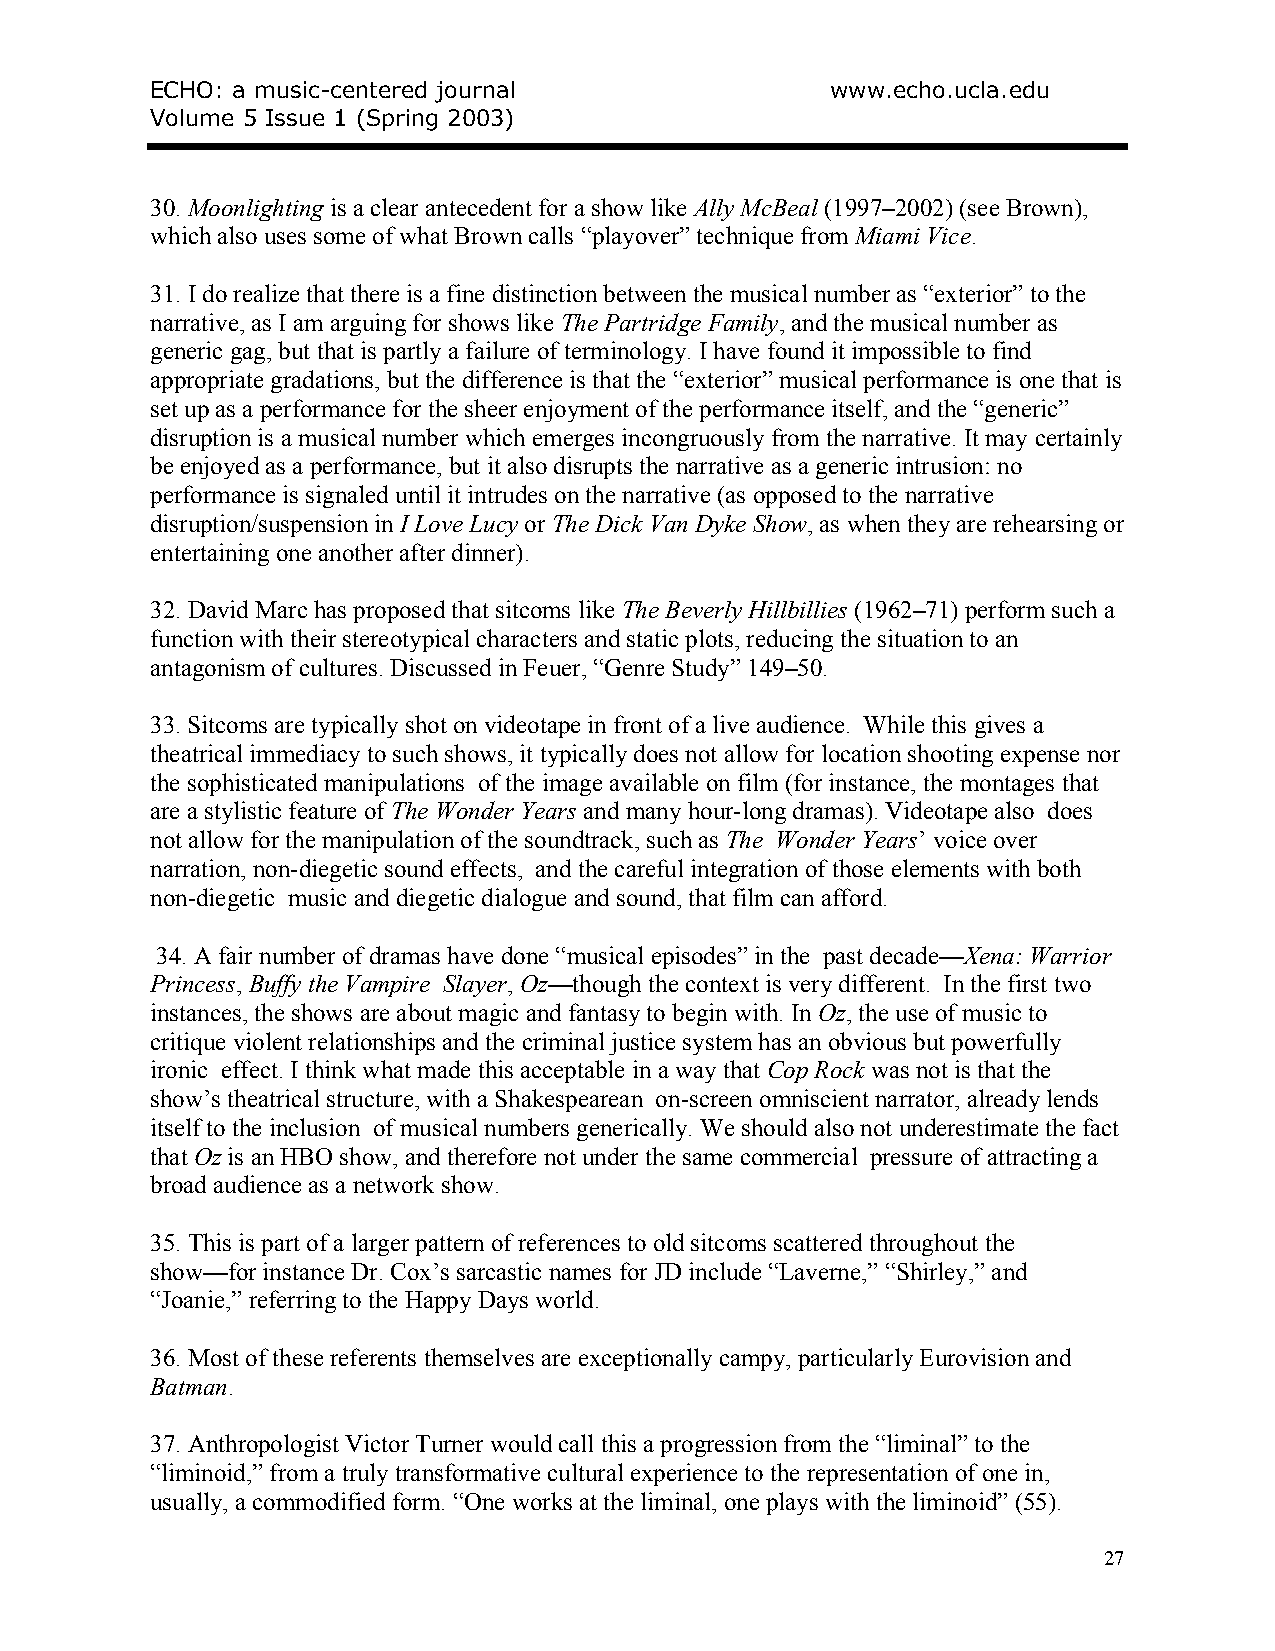
ECHO: a music-centered journal               www.echo.ucla.edu
 Volume 5 Issue 1 (Spring 2003)
 30. Moonlighting is a clear antecedent for a show like Ally McBeal (1997–2002) (see Brown),
 which also uses some of what Brown calls “playover” technique from Miami Vice.
 31. I do realize that there is a fine distinction between the musical number as “exterior” to the
 narrative, as I am arguing for shows like The Partridge Family, and the musical number as
 generic gag, but that is partly a failure of terminology. I have found it impossible to find
 appropriate gradations, but the difference is that the “exterior” musical performance is one that is
 set up as a performance for the sheer enjoyment of the performance itself, and the “generic”
 disruption is a musical number which emerges incongruously from the narrative. It may certainly
 be enjoyed as a performance, but it also disrupts the narrative as a generic intrusion: no
 performance is signaled until it intrudes on the narrative (as opposed to the narrative
 disruption/suspension in I Love Lucy or The Dick Van Dyke Show, as when they are rehearsing or
 entertaining one another after dinner).
 32. David Marc has proposed that sitcoms like The Beverly Hillbillies (1962–71) perform such a
 function with their stereotypical characters and static plots, reducing the situation to an
 antagonism of cultures. Discussed in Feuer, “Genre Study” 149–50.
 33. Sitcoms are typically shot on videotape in front of a live audience. While this gives a
 theatrical immediacy to such shows, it typically does not allow for location shooting expense nor
 the sophisticated manipulations of the image available on film (for instance, the montages that
 are a stylistic feature of The Wonder Years and many hour-long dramas). Videotape also does
 not allow for the manipulation of the soundtrack, such as The Wonder Years’ voice over
 narration, non-diegetic sound effects, and the careful integration of those elements with both
 non-diegetic music and diegetic dialogue and sound, that film can afford.
 34. A fair number of dramas have done “musical episodes” in the past decade—Xena: Warrior
 Princess, Buffy the Vampire Slayer, Oz—though the context is very different. In the first two
 instances, the shows are about magic and fantasy to begin with. In Oz, the use of music to
 critique violent relationships and the criminal justice system has an obvious but powerfully
 ironic effect. I think what made this acceptable in a way that Cop Rock was not is that the
 show’s theatrical structure, with a Shakespearean on-screen omniscient narrator, already lends
 itself to the inclusion of musical numbers generically. We should also not underestimate the fact
 that Oz is an HBO show, and therefore not under the same commercial pressure of attracting a
 broad audience as a network show.
 35. This is part of a larger pattern of references to old sitcoms scattered throughout the
 show—for instance Dr. Cox’s sarcastic names for JD include “Laverne,” “Shirley,” and
 “Joanie,” referring to the Happy Days world.
 36. Most of these referents themselves are exceptionally campy, particularly Eurovision and
 Batman.
 37. Anthropologist Victor Turner would call this a progression from the “liminal” to the
 “liminoid,” from a truly transformative cultural experience to the representation of one in,
 usually, a commodified form. “One works at the liminal, one plays with the liminoid” (55).
 27